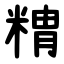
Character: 䊘